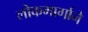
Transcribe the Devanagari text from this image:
लोकमार्गाने